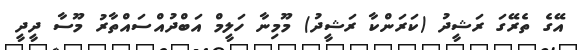
އޭގެ ތެރޭގަ ރަޝީދު (ކަރަންކާ ރަޝީދު) މޫމިނާ ހަލީމް އަބްދުއްސައްތާރު މޫސާ ދީދީ